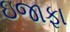
ઇજાફા